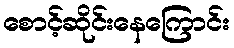
စောင့်ဆိုင်းနေကြောင်း